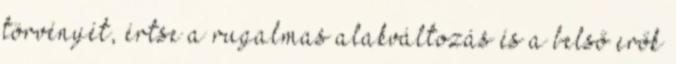
törvényét, értse a rugalmas alakváltozás és a belső erők